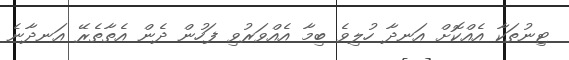
ޓިނުތަކާ އެއްކޮށް އަނދާ ހުލިވެ ބިމާ އެއްވަރުވި ފަހުން ދެން އެތާތެރޭ އަނދާނެ